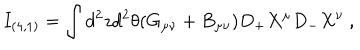
I _ { ( 4 , 1 ) } = \int d ^ { 2 } z d ^ { 2 } \theta ( G _ { \mu \nu } + B _ { \mu \nu } ) D _ { + } X ^ { \mu } D _ { - } X ^ { \nu } \ ,